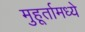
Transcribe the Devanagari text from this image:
मुहूर्तामध्ये